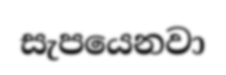
සැපයෙනවා